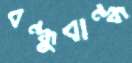
বন্ধুবান্ধ